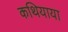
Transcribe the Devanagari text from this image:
कथियाया